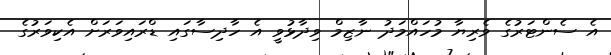
އެ ސެންޓަރުގެ ވެރިޔާ މުހައްމަދު ނާޒިމް ވިދާޅުވީ އެ ހާދިސާގައި ޑްރައިވަރަށް އެކިވަރުގެ